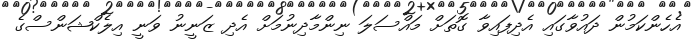
އެހެންކަމުން ދައުވާގައި އެދިފައިވާ ގޮތަށް މައްސަލަ ނިންމާދިނުމަށް އެދި ޒަނީނު ވަނީ އިލެކްޝަންސްގެ